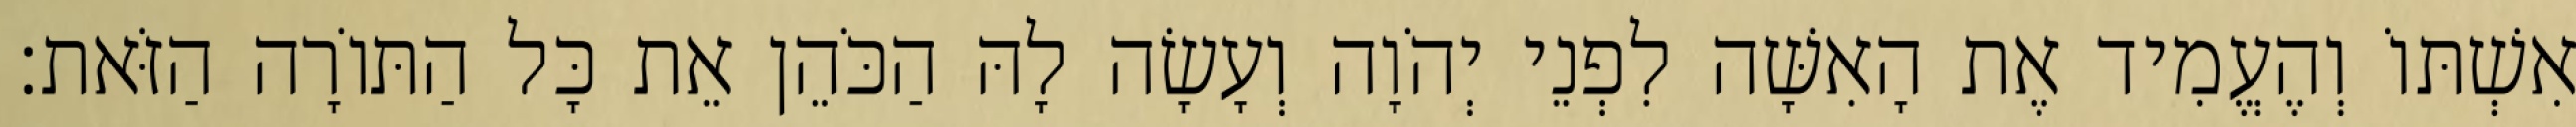
אִשְׁתּוֹ וְהֶעֱמִיד אֶת הָאִשָּׁה לִפְנֵי יְהֹוָה וְעָשָׂה לָהּ הַכֹּהֵן אֵת כָּל הַתּוֹרָה הַזֹּאת׃